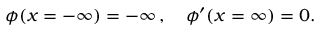
\phi ( x = - \infty ) = - \infty \, , \quad \phi ^ { \prime } ( x = \infty ) = 0 .